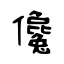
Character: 儳